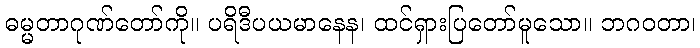
ဓမ္မတာဂုဏ်တော်ကို။ ပရိဒီပယမာနေန၊ ထင်ရှားပြတော်မူသော။ ဘဂဝတာ၊